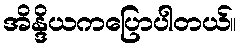
အိန္ဒိယကပြောပါတယ်။